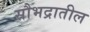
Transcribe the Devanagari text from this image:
सौभद्रातील